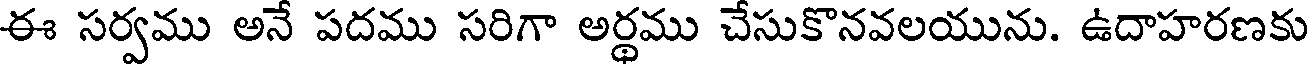
ఈ సర్వము అనే పదము సరిగా అర్థము చేసుకొనవలయును. ఉదాహరణకు